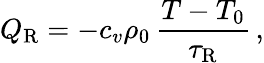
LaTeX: Q_{\mathrm{R}}=-c_{v}\rho_{0}\, \frac{T-T_{0}}{\tau_{\mathrm{R}}}\, ,